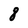
Character: 8